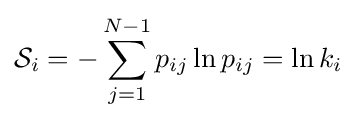
{\mathcal {S}}_{i}=-\sum _{j=1}^{N-1}p_{ij}\ln {p_{ij}}=\ln {k_{i}}